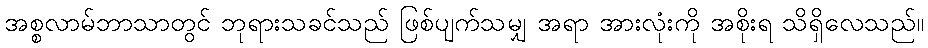
အစ္စလာမ်ဘာသာတွင် ဘုရားသခင်သည် ဖြစ်ပျက်သမျှ အရာ အားလုံးကို အစိုးရ သိရှိလေသည်။